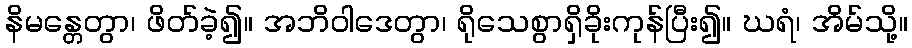
နိမန္တေတွာ၊ ဖိတ်ခဲ့၍။ အဘိဝါဒေတွာ၊ ရိုသေစွာရှိခိုးကုန်ပြီး၍။ ဃရံ၊ အိမ်သို့။